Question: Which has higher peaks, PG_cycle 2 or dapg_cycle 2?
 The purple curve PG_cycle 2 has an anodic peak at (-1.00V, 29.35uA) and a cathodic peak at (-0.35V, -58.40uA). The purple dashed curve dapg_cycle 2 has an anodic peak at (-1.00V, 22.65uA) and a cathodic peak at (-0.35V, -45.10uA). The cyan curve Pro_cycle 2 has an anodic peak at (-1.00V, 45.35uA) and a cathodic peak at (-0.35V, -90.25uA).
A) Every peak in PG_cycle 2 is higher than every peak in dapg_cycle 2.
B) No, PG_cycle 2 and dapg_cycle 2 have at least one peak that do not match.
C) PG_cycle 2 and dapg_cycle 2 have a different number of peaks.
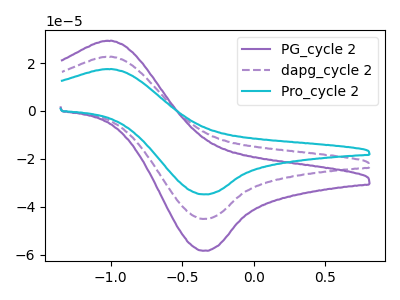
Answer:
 <answer>A) Every peak in "PG_cycle 2" is higher than every peak in "dapg_cycle 2".</answer>
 <eval>A</eval>